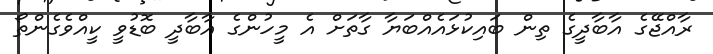
ރާއްޖޭގެ އާބާދީގެ ތިން ބައިކުޅައެއްބަޔާ ގާތަށް އެ މީހުންގެ އާބާދީ ބޮޑުވީ ކީއްވެގެންތޯ